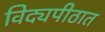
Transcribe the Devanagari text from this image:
विद्यपीठात